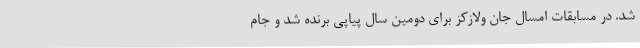
شد. در مسابقات امسال جان ولازکز برای دومین سال پیاپی برنده شد و جام